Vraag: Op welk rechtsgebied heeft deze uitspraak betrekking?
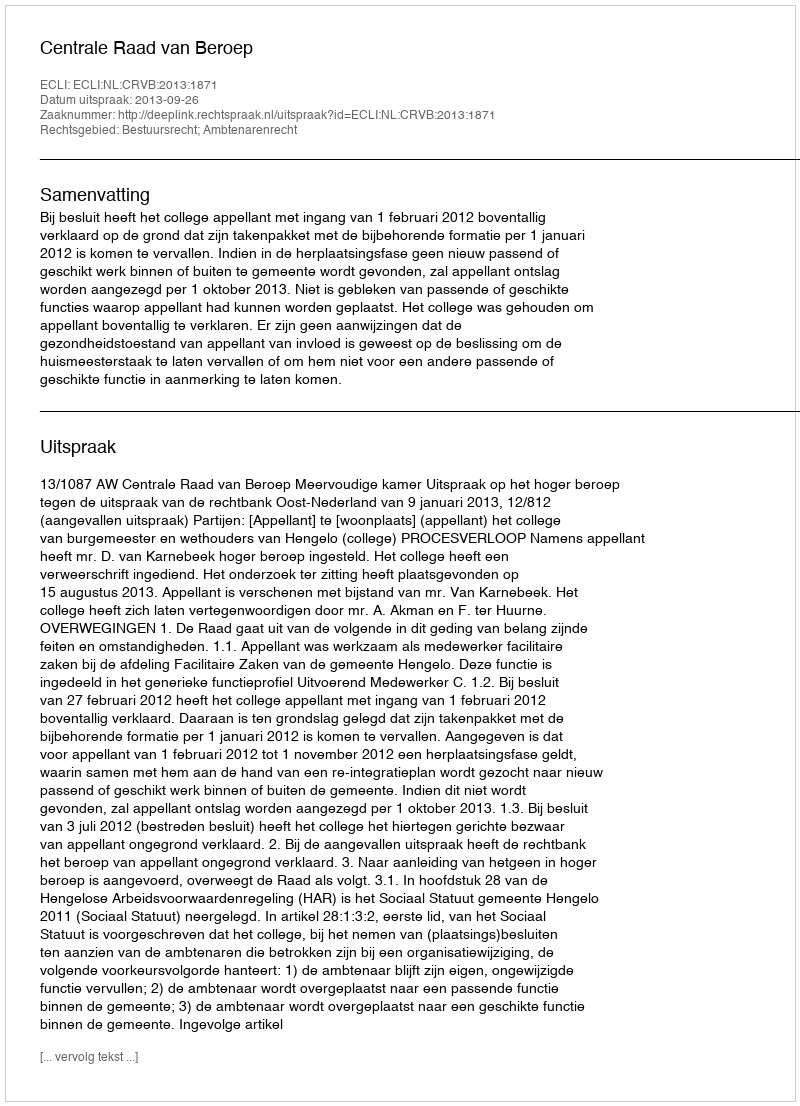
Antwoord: Bestuursrecht; Ambtenarenrecht